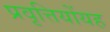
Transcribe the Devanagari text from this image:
प्रवृत्तियोंयह